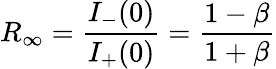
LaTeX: R_{\infty}=\frac{I_{-}(0)}{I_{+}(0)}=\frac{1-\beta}{1+\beta}